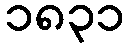
၁၈၃၁